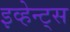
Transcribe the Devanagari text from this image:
इव्हेन्ट्‌स